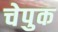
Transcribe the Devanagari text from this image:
चेपुक